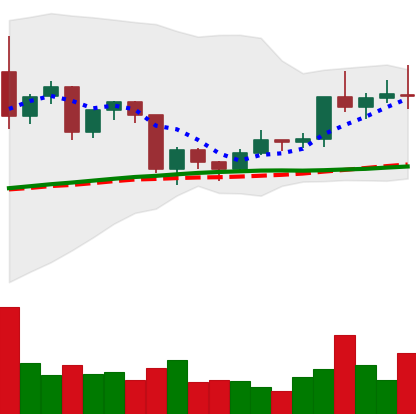
Ticker: TRX-USD
Chart end date: 2020-12-20
Forward return: -8.737%
Label: down_7plus